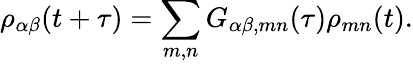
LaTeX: \rho_{\alpha\beta}(t+\tau)=\sum_{m,n}G_{\alpha\beta,mn}(\tau)\rho_{mn}(t).